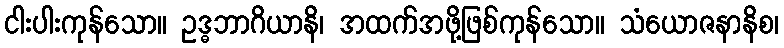
ငါးပါးကုန်သော။ ဥဒ္ဓဘာဂိယာနိ၊ အထက်အဖို့ဖြစ်ကုန်သော။ သံယောဇနာနိစ၊